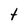
Character: t